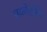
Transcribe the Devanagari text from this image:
प्रकोष्ठोंके